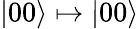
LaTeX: |00\rangle\mapsto|00\rangle